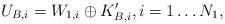
LaTeX: \begin{align*}U_{B,i}=W_{1,i}\oplus K'_{B,i}, i=1\ldots N_1,\end{align*}